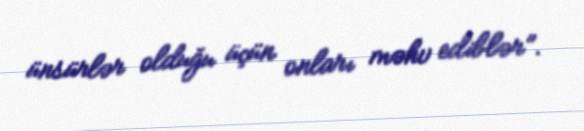
ünsürlər olduğu üçün onları məhv ediblər”.